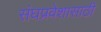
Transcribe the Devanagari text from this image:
संघप्रवेशासाठी